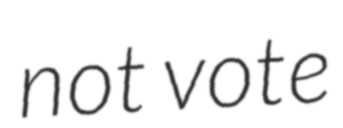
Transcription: not vote